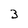
Character: 3